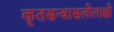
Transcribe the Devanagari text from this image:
कृतसन्त्रासलोलाक्षो